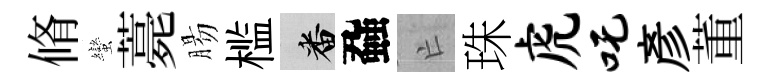
脩蠻薧腸槛番蝨亡珠虎吒彥董